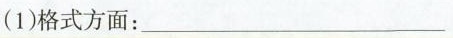
(1)格式方面：___